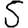
Digit: 5